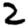
Digit: 2